Indian journal of veterinary science and animal husbandry - Volume 9,
Year: 1939
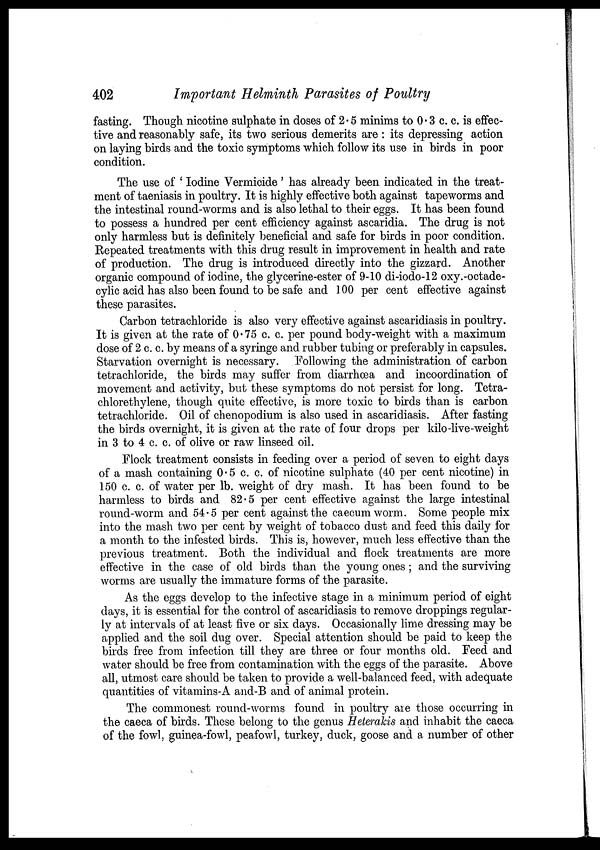
402
Important Helminth Parasites of Poultry
fasting. Though nicotine sulphate in doses of 2.5 minims to 0.3 c. c. is effec-
tive and reasonably safe, its two serious demerits are: its depressing action
on laying birds and the toxic symptoms which follow its use in birds in poor
condition.
The use of ' Iodine Vermicide' has already been indicated in the treat-
ment of taeniasis in poultry. It is highly effective both against tapeworms and
the intestinal round-worms and is also lethal to their eggs. It has been found
to possess a hundred per cent efficiency against ascaridia. The drug is not
only harmless but is definitely beneficial and safe for birds in poor condition.
Repeated treatments with this drug result in improvement in health and rate
of production. The drug is introduced directly into the gizzard. Another
organic compound of iodine, the glycerine-ester of 9-10 di-iodo-12 oxy.-octade-
cylic acid has also been found to be safe and 100 per cent effective against
these parasites.
Carbon tetrachloride is also very effective against ascaridiasis in poultry.
It is given at the rate of 0.75 c. c. per pound body-weight with a maximum
dose of 2 c. c. by means of a syringe and rubber tubing or preferably in capsules.
Starvation overnight is necessary. Following the administration of carbon
tetrachloride, the birds may suffer from diarrhœa and incoordination of
movement and activity, but these symptoms do not persist for long. Tetra-
chlorethylene, though quite effective, is more toxic to birds than is carbon
tetrachloride. Oil of chenopodium is also used in ascaridiasis. After fasting
the birds overnight, it is given at the rate of four drops per kilo-live-weight
in 3 to 4 c. c. of olive or raw linseed oil.
Flock treatment consists in feeding over a period of seven to eight days
of a mash containing 0.5 c. c. of nicotine sulphate (40 per cent nicotine) in
150 c. c. of water per lb. weight of dry mash. It has been found to be
harmless to birds and 82.5 per cent effective against the large intestinal
round-worm and 54.5 per cent against the caecum worm. Some people mix
into the mash two per cent by weight of tobacco dust and feed this daily for
a month to the infested birds. This is, however, much less effective than the
previous treatment. Both the individual and flock treatments are more
effective in the case of old birds than the young ones; and the surviving
worms are usually the immature forms of the parasite.
As the eggs develop to the infective stage in a minimum period of eight
days, it is essential for the control of ascaridiasis to remove droppings regular-
ly at intervals of at least five or six days. Occasionally lime dressing may be
applied and the soil dug over. Special attention should be paid to keep the
birds free from infection till they are three or four months old. Feed and
water should be free from contamination with the eggs of the parasite. Above
all, utmost care should be taken to provide a well-balanced feed, with adequate
quantities of vitamins-A and-B and of animal protein.
The commonest round-worms found in poultry are those occurring in
the caeca of birds. These belong to the genus Heterakis and inhabit the caeca
of the fowl, guinea-fowl, peafowl, turkey, duck, goose and a number of other